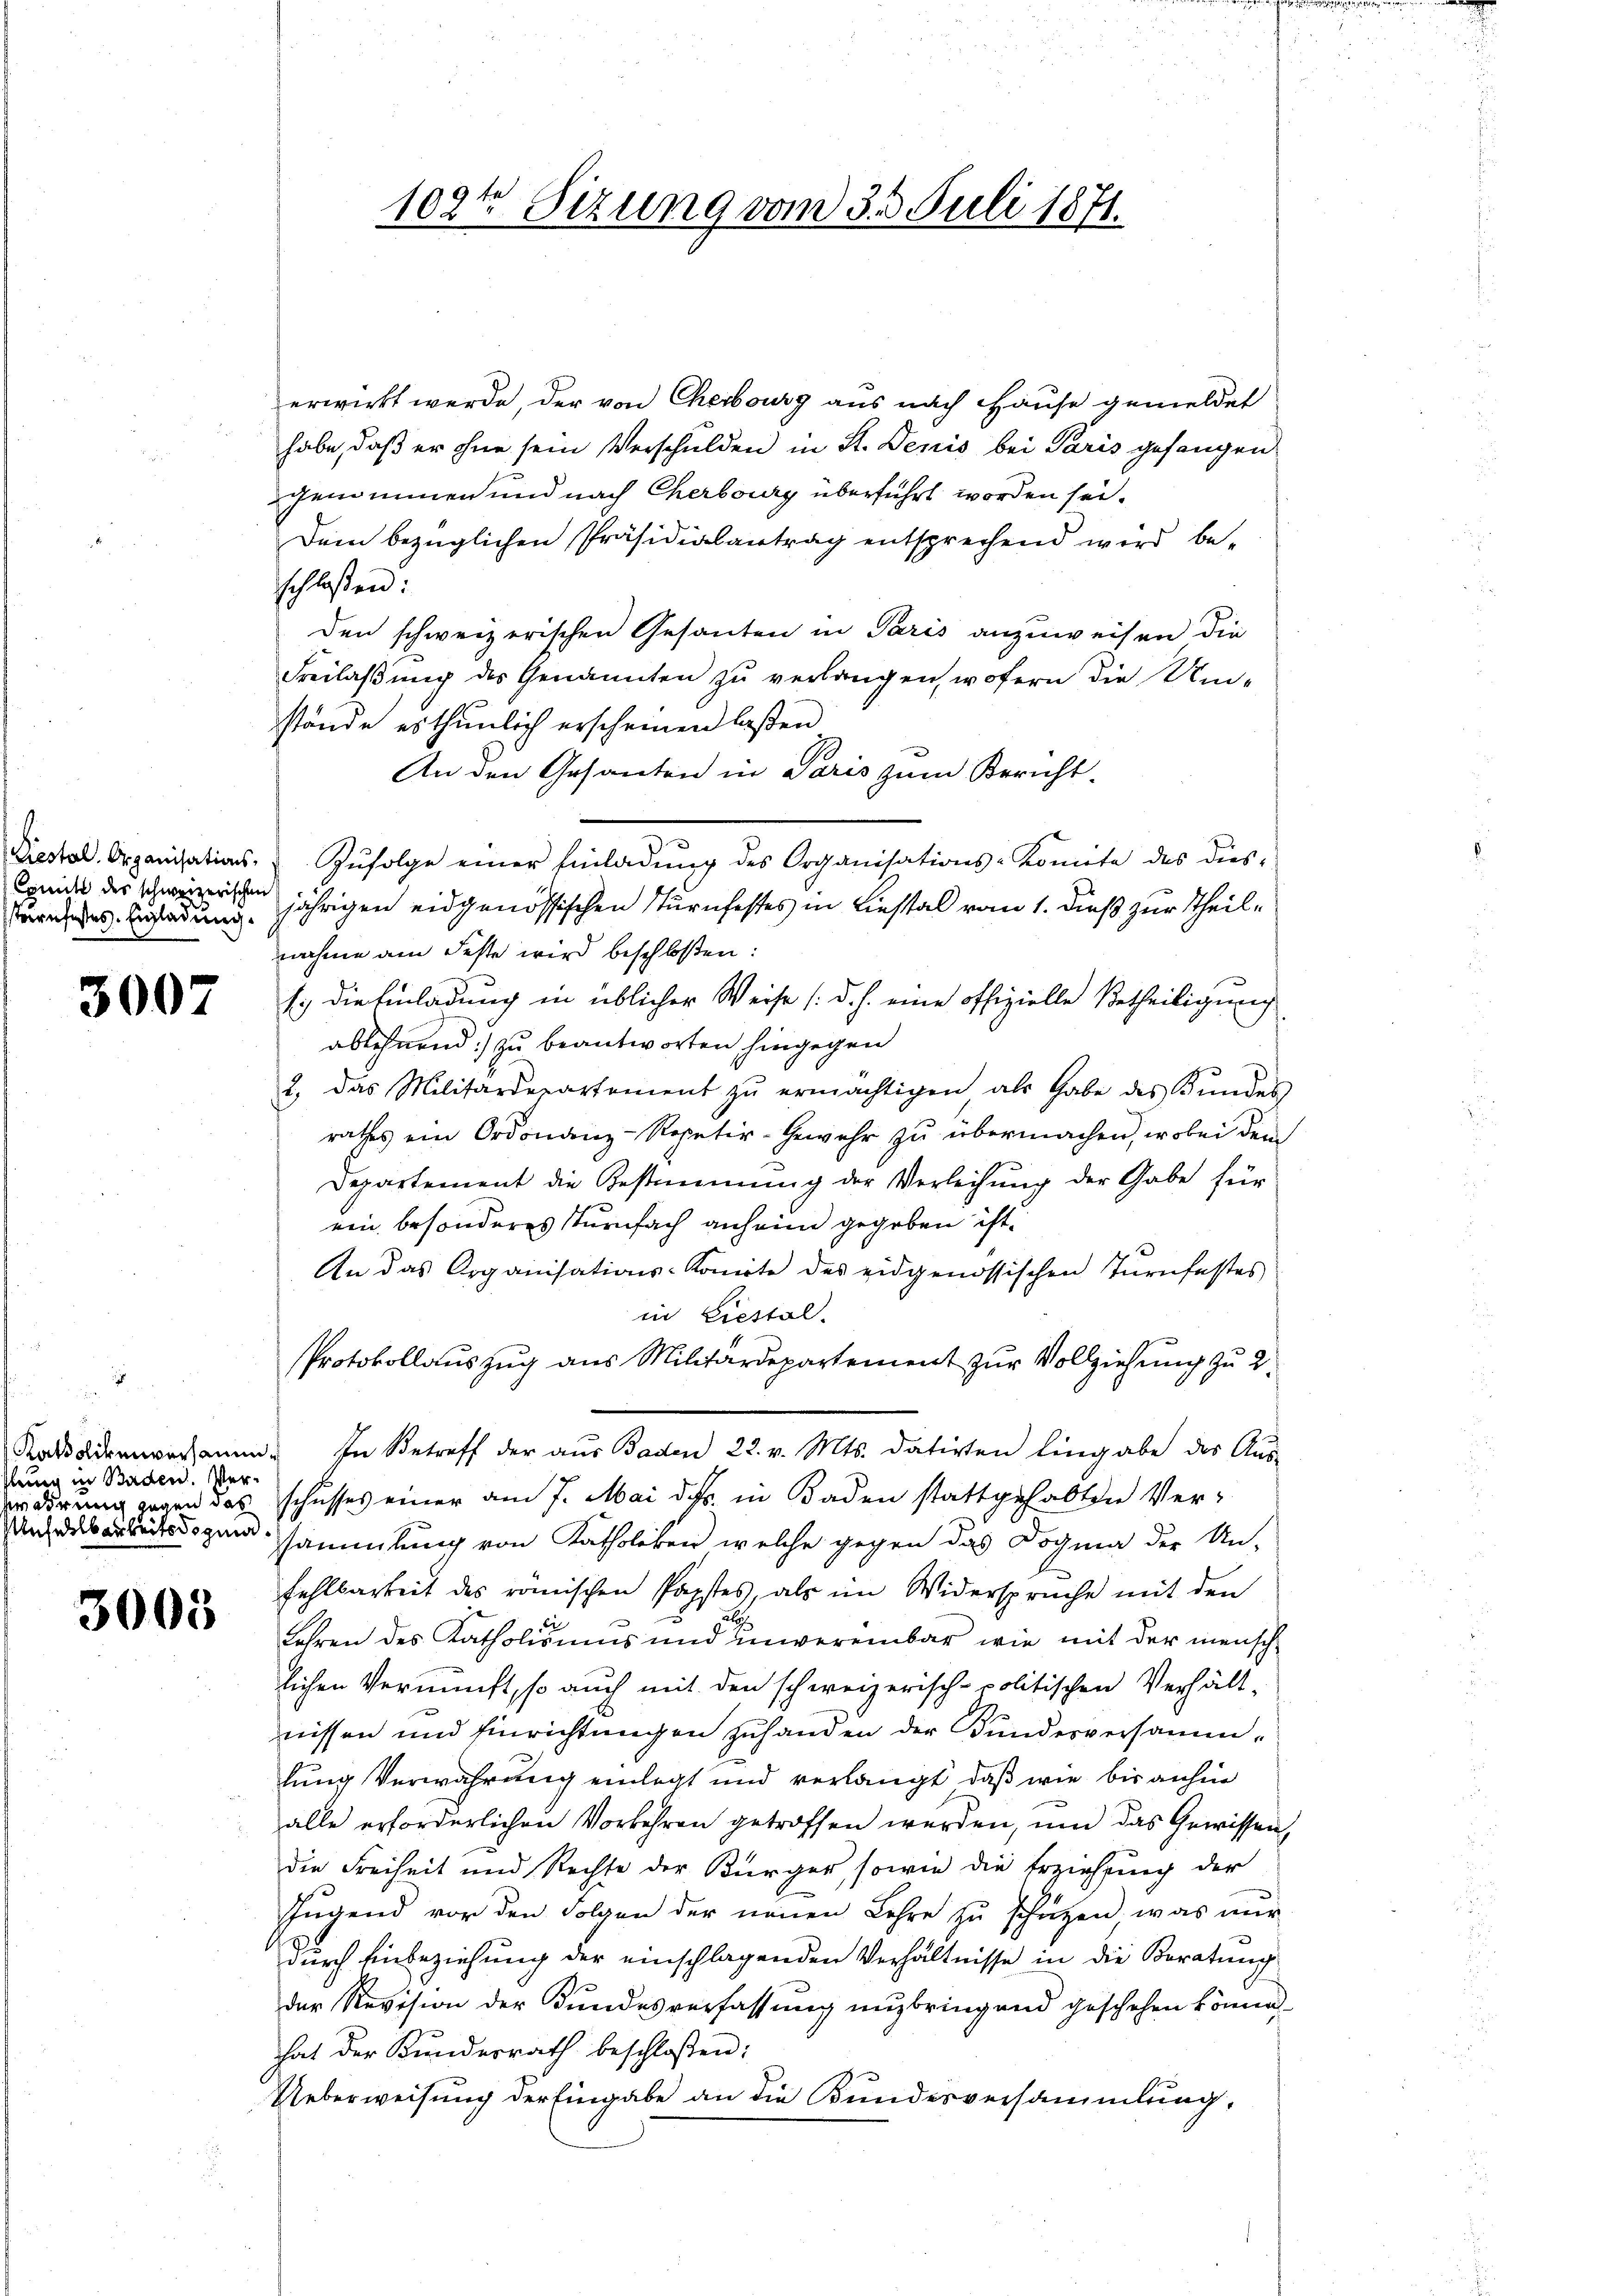
Comit des schweizerischen

3007

erwirkt werde, der von Cheibourg aus nach Hause gemeldet
habe, daß er ohne sein Verschulden in St. Denis bei Paris gefangen
genommen und nach Cherbourg überführt worden sei.
Dein bezüglichen Präsidialantrag entsprechend wird beschloßen:
den schweizerischen Gesanten in Paris anzuweisen die
Freilaβŭng des Genannten zŭ verlangen, wofern die Um-
stände es thunlich erscheinen lassen
An den Gesanten in Paris zum Bericht-
terndes Erladung jährigen eidgenössischen Turnfestes in Liestal vom 1. dieß zur Theile
nahme am Feste wird beschloßen:
1.) die Einladung in üblicher Weise (d. h. eine offizielle Betheiligung
ablehnend zu beantworten hingegen
2., das Militärdepartement zŭ ermächtigen als Gabe des Bundes
rathes ein Ordonanz-Repetir-Gewehr zŭ übermachen, wobei dem
Departement die Bestimmung der Verleihung der Gabe für
ein besonderes Sturfach anheim gegeben ist.
An das Organisations-Komite des eidgenössischen Tŭrnfestes
in Liestal.
Protokollauszug aus Militärdepartement zur Vollziehung zu 2.
Kakademerkann. In Betreff der aŭs Baden 22. v. Mts. datirten Eingabe des Aŭs-
wdirung das schusses einer am 7. Mai d. h. in Baden stattgehabten Versammlung von Katholiken welche gegen das Dogma der Un-
fehlbarkeit des römischen Papstes, als im Widersprüche mit den
Jahren des Katholismus und unvereinbar wie mit der menschlichen Vernunft, so auch mit den schweizerisch-politischen Verhält-
nissen und Einrichtungen zuhanden der Bundesversammlung Verwahrung einlegt und verlangt, daß wie bis anhin
alle erforderlichen Vorkehren getroffen werden, um das Gewissen.
die Freiheit und Rechte der Bürger, sowie die Erziehung der
Jugend vor den Folgen der neuen Lehre zu schützen, was nur
durch Einbeziehung der einschlagenden Verhältnisse in die Beratung
der Revision der Kundesverfassung anbringend geschehen könne.
hat der Kundesrath beschloßen:
Ueberweisung der Eingabe an die Bundesversammlung,

slung in Baden. Ver¬
Plefelbarkeit zu

3005

102te Sitzung vom 3. d. Juli 1871.

Piestal. Organisations. Zŭfolge einer Einladŭng des Organisations-Konnte des dies-